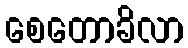
စေတောခိလာ